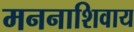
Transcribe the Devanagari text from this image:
मननाशिवाय